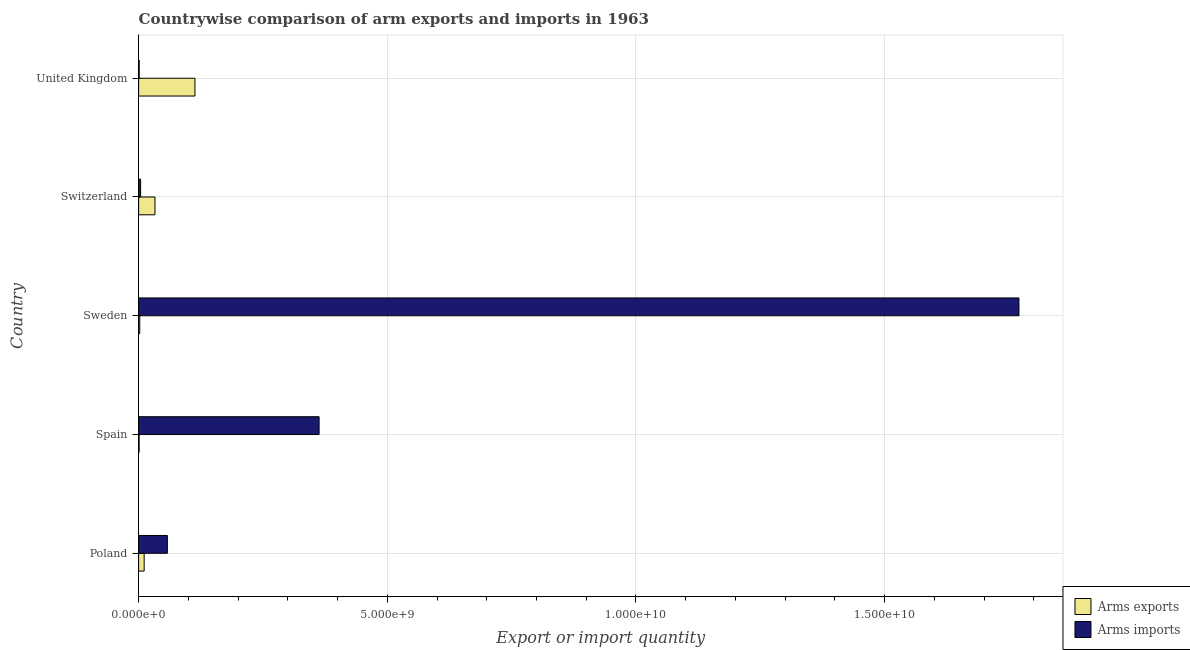
| Country | Arms exports | Arms imports |
 | --- | --- | --- |
 | Poland | 1.11e+08 | 5.78e+08 |
 | Spain | 1e+07 | 3.63e+09 |
 | Sweden | 2.3e+07 | 1.77e+10 |
 | Switzerland | 3.29e+08 | 4e+07 |
 | United Kingdom | 1.13e+09 | 1.1e+07 |